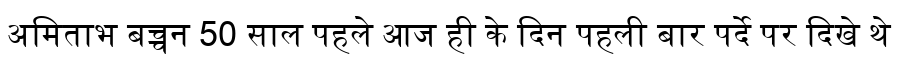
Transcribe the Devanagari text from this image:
अमिताभ बच्चन 50 साल पहले आज ही के दिन पहली बार पर्दे पर दिखे थे